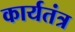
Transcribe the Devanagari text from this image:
कार्यतंत्र